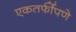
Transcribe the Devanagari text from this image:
एकतर्फीपणे